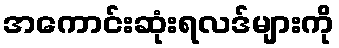
အကောင်းဆုံးရလဒ်များကို